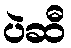
ပဲဆီ